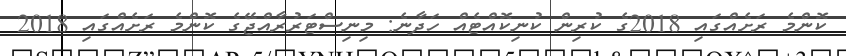
ކޮންމެ ރަށެއްގައި 2018ގެ ކުރިން ކުނިކޮއްޓެއް ހަދާނެ: މިނިސްޓަރުރާއްޖޭގެ ކޮންމެ ރަށެއްގައި 2018